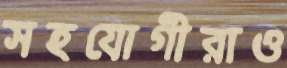
সহযোগীরাও